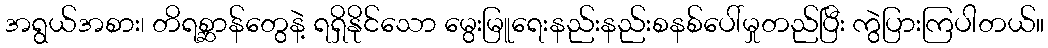
အရွယ်အစား၊ တိရစ္ဆာန်တွေနဲ့ ရရှိနိုင်သော မွေးမြူရေးနည်းနည်းစနစ်ပေါ်မှုတည်ပြီး ကွဲပြားကြပါတယ်။